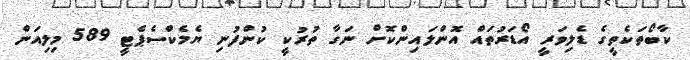
ކާބޯތަކެތީގެ ޑެލިވަރީ އޯޑަރުތައް އޮންލައިންކޮށް ނަގާ ތުރުކީ ކުންފުނި ޔެމެކްސެޕެޓީ 589 މިލިއަން